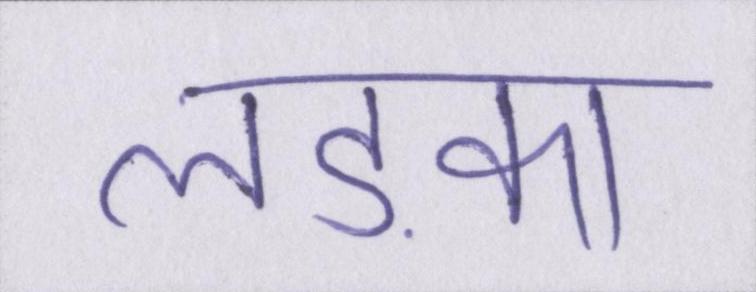
लड़का